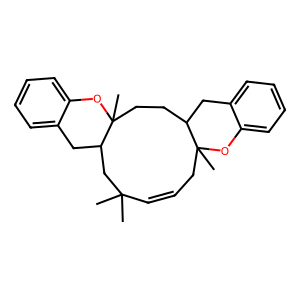
SMILES: CC1(C)C=CCC2(C)Oc3ccccc3CC2CCC2(C)Oc3ccccc3CC2C1
Inhibits HIV replication: No